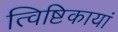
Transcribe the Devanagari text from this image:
त्विष्टिकायां